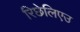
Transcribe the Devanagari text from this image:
रिछेलिएउ